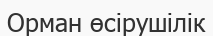
Орман өсірушілік